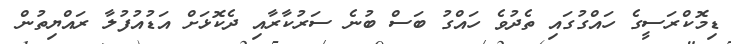
ޑިމޮކްރަސީގެ ހައްގުގައި ތެދުވެ ހައްގު ބަސް ބުނެ ސަރުކާރާއި ދެކޮޅަށް އަޑުއުފުލާ ރައްޔިތުން